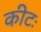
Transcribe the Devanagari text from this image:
कीटः